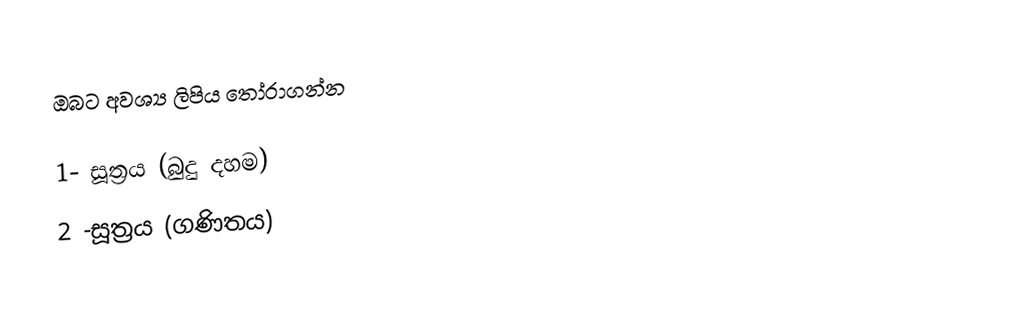
ඔබට අවශ්‍ය ලිපිය තෝරාගන්න

1- සූත්‍රය (බුදු දහම)
2 -සූත්‍රය (ගණිතය)